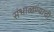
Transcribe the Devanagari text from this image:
संभाळण्याची